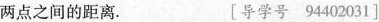
两点之间的距离。 [导学号94402031]